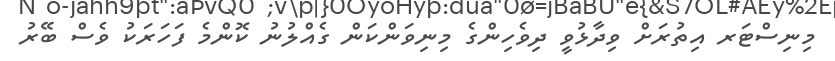
މިނިސްޓަރ އިތުރަށް ވިދާޅުވީ ދިވެހިންގެ މިނިވަންކަން ގެއްލުނު ކޮންމެ ފަހަރަކު ވެސް ބޭރު